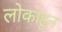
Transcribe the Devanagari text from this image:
लोकांहून